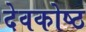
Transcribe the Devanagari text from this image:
देवकोष्ठ